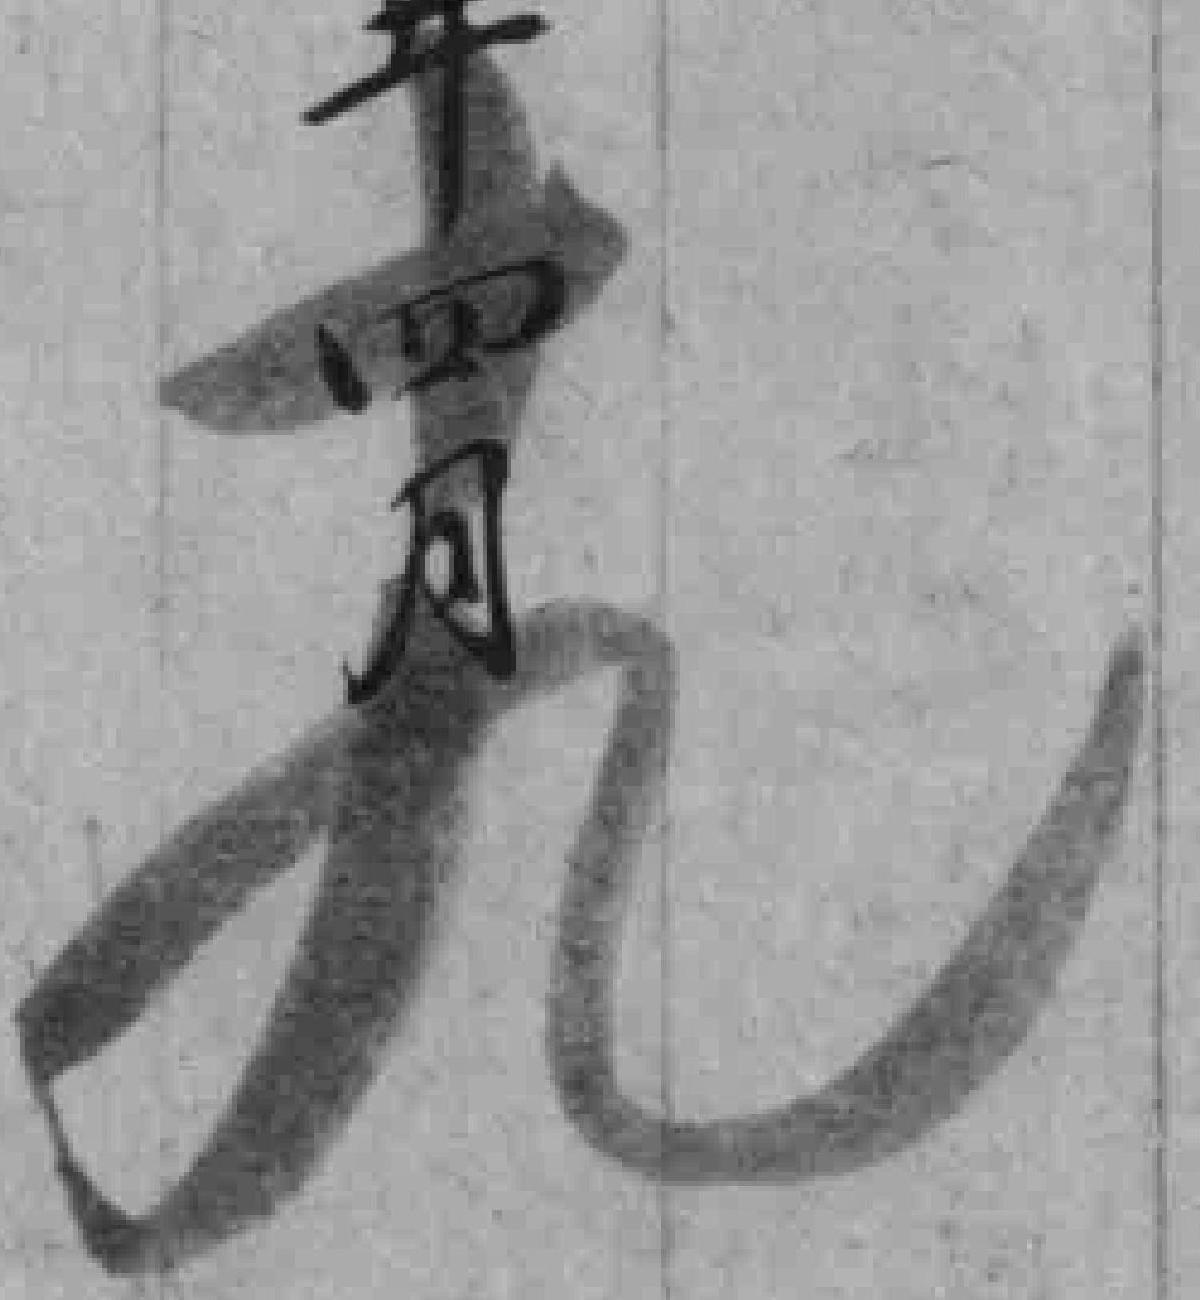
十九